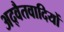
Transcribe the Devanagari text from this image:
अद्वैतवादियों